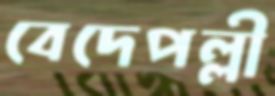
বেদেপল্লী